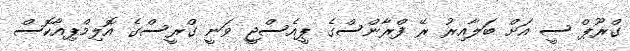
ގްރޫޕް ސީ އަށް ބަލާއިރު ރޭ ފްރާންސްގެ ޕީއެސްޖީ ވަނީ ގްރީސްގެ އޮލިމްޕިއާކޮސް